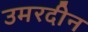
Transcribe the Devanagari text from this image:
उमरदीन